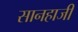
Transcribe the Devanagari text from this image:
सानहाजी